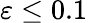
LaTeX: \varepsilon\le 0.1